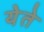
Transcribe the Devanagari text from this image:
येेते